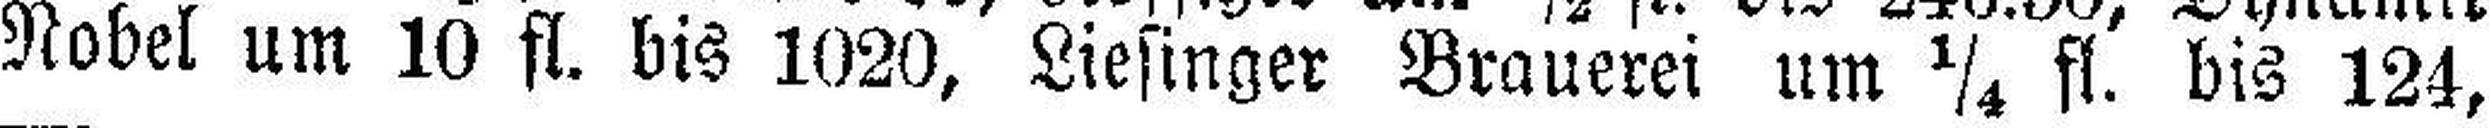
Nobel um 10 fl. bis 1020, Liesinger Brauerei um ¼ fl. bis 124,